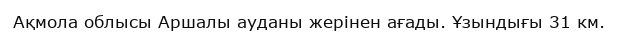
Ақмола облысы Аршалы ауданы жерінен ағады. Ұзындығы 31 км.